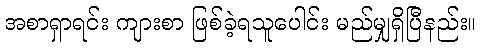
အစာရှာရင်း ကျားစာ ဖြစ်ခဲ့ရသူပေါင်း မည်မျှရှိပြီနည်း။